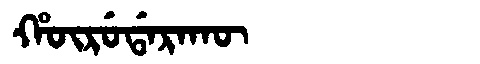
Manchu: ᡥᡡᡵᡠᡩᠠᡵᠠᡴᡡ
Romanization: HŪRUDARAKŪ